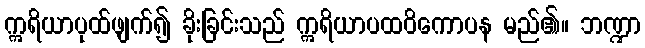
ဣရိယာပုထ်ဖျက်၍ ခိုးခြင်းသည် ဣရိယာပထဝိကောပန မည်၏။ ဘဏ္ဍာ